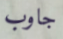
جاوب